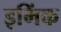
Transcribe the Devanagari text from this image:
इमिंक